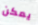
يمكن